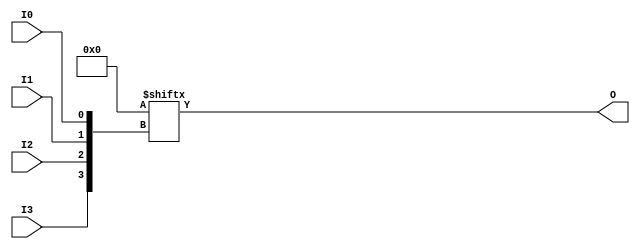
module LUT4 (O, I0, I1, I2, I3);

  parameter INIT = 16'h0000;

  input I0, I1, I2, I3;

  output O;

  reg O;
  reg tmp;

  always @(  I3 or  I2 or  I1 or  I0 )  begin
 
    tmp =  I0 ^ I1  ^ I2 ^ I3;

    if ( tmp == 0 || tmp == 1)

        O = INIT[{I3, I2, I1, I0}];

    else 
    
      O =  lut4_mux4 ( {lut4_mux4 ( INIT[15:12], {I1, I0}),
                          lut4_mux4 ( INIT[11:8], {I1, I0}),
                          lut4_mux4 ( INIT[7:4], {I1, I0}),
                          lut4_mux4 ( INIT[3:0], {I1, I0}) }, {I3, I2});
  end

  function lut4_mux4;
  input [3:0] d;
  input [1:0] s;
   
  begin

       if ((s[1]^s[0] ==1) || (s[1]^s[0] ==0))
           
           lut4_mux4 = d[s];

         else if ((d[0] === d[1]) && (d[2] === d[3]) && (d[0] === d[2])) 
           lut4_mux4 = d[0];
         else if ((s[1] == 0) && (d[0] === d[1]))
           lut4_mux4 = d[0];
         else if ((s[1] == 1) && (d[2] === d[3])) 
           lut4_mux4 = d[2];
         else if ((s[0] == 0) && (d[0] === d[2])) 
           lut4_mux4 = d[0];
         else if ((s[0] == 1) && (d[1] === d[3]))
           lut4_mux4 = d[1];
         else
           lut4_mux4 = 1'bx;
   end
  endfunction

endmodule